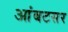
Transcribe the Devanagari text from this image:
आंबटसर